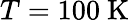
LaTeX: T=100~\mathrm{{K}}